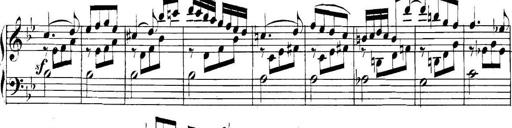
Title: Collected Piano Sonatas
Composer: Muzio Clementi